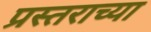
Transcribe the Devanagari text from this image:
प्रस्तराच्या